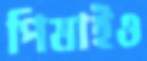
পিষাইও